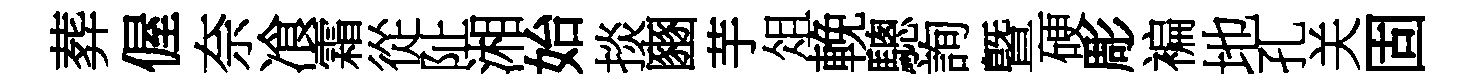
葬偓奈飡霜從阯湘始掞豳芋俎輓驄詢曁硬彫褊地孔关固